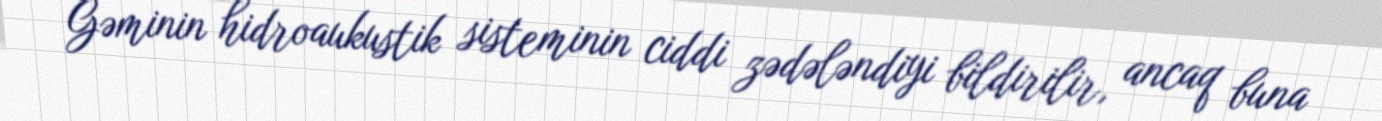
Gəminin hidroaukustik sisteminin ciddi zədələndiyi bildirilir, ancaq buna